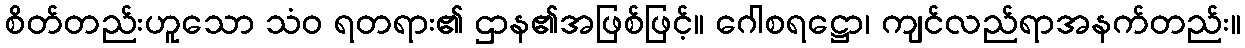
စိတ်တည်းဟူသော သံဝ ရတရား၏ ဌာန၏အဖြစ်ဖြင့်။ ဂေါစရဋ္ဌော၊ ကျင်လည်ရာအနက်တည်း။